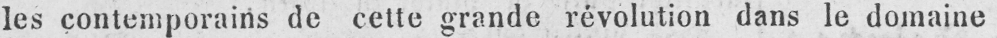
les contemporains de cette grande révolution dans le domaine